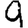
Digit: 9